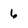
Character: 6